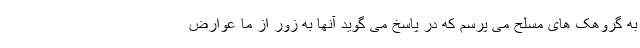
به گروهک های مسلح می پرسم که در پاسخ می گوید آنها به زور از ما عوارض